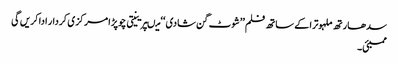
سدھارتھ ملہوترا کے ساتھ فلم ’’شوٹ گن شادی ‘‘ میںپرینیتی چوپڑا مرکزی کردار ادا کریں گی
ممبئی۔